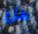
هل